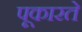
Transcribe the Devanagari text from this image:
पूकारते